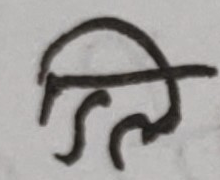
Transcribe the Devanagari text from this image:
ति